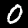
Label: 0